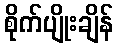
စိုက်ပျိုးချိန်